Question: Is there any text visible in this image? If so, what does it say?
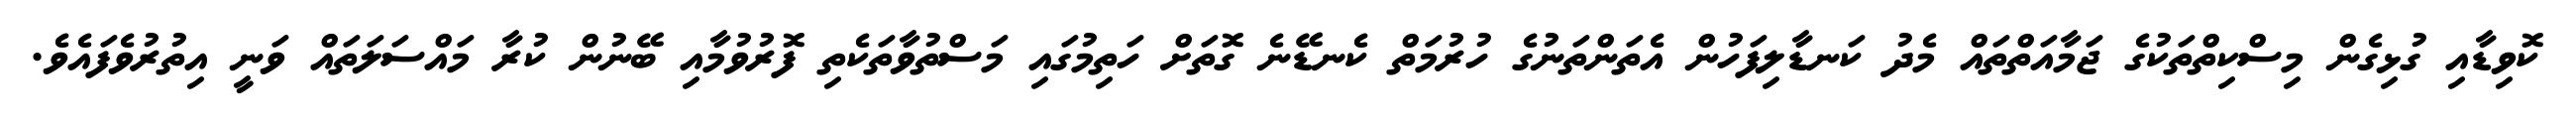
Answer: ކޮވިޑާއި ގުޅިގެން މިސްކިތްތަކުގެ ޖަމާއަތްތައް މެދު ކަނޑާލިފަހުން އެތަންތަނުގެ ހުރުމަތް ކެނޑޭނެ ގޮތަށް ހަތިމުގައި މަސްތުވާތަކެތި ފޮރުވުމާއި ބޭނުން ކުރާ މައްސަލަތައް ވަނީ އިތުރުވެފައެވެ.